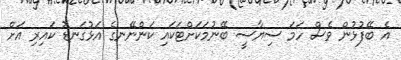
އެ ބޭފުޅުން ވެސް ހަމަ ސިޔާސީ ބޭނުމަކަށްޓަކައި ކަންނޭނގެ އަޅުގަނޑު ކައިރި އަށް